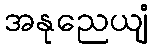
အနုညေယျံ